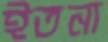
ইতনা